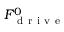
F _ { \mathrm { ~ d ~ r ~ i ~ v ~ e ~ } } ^ { 0 }